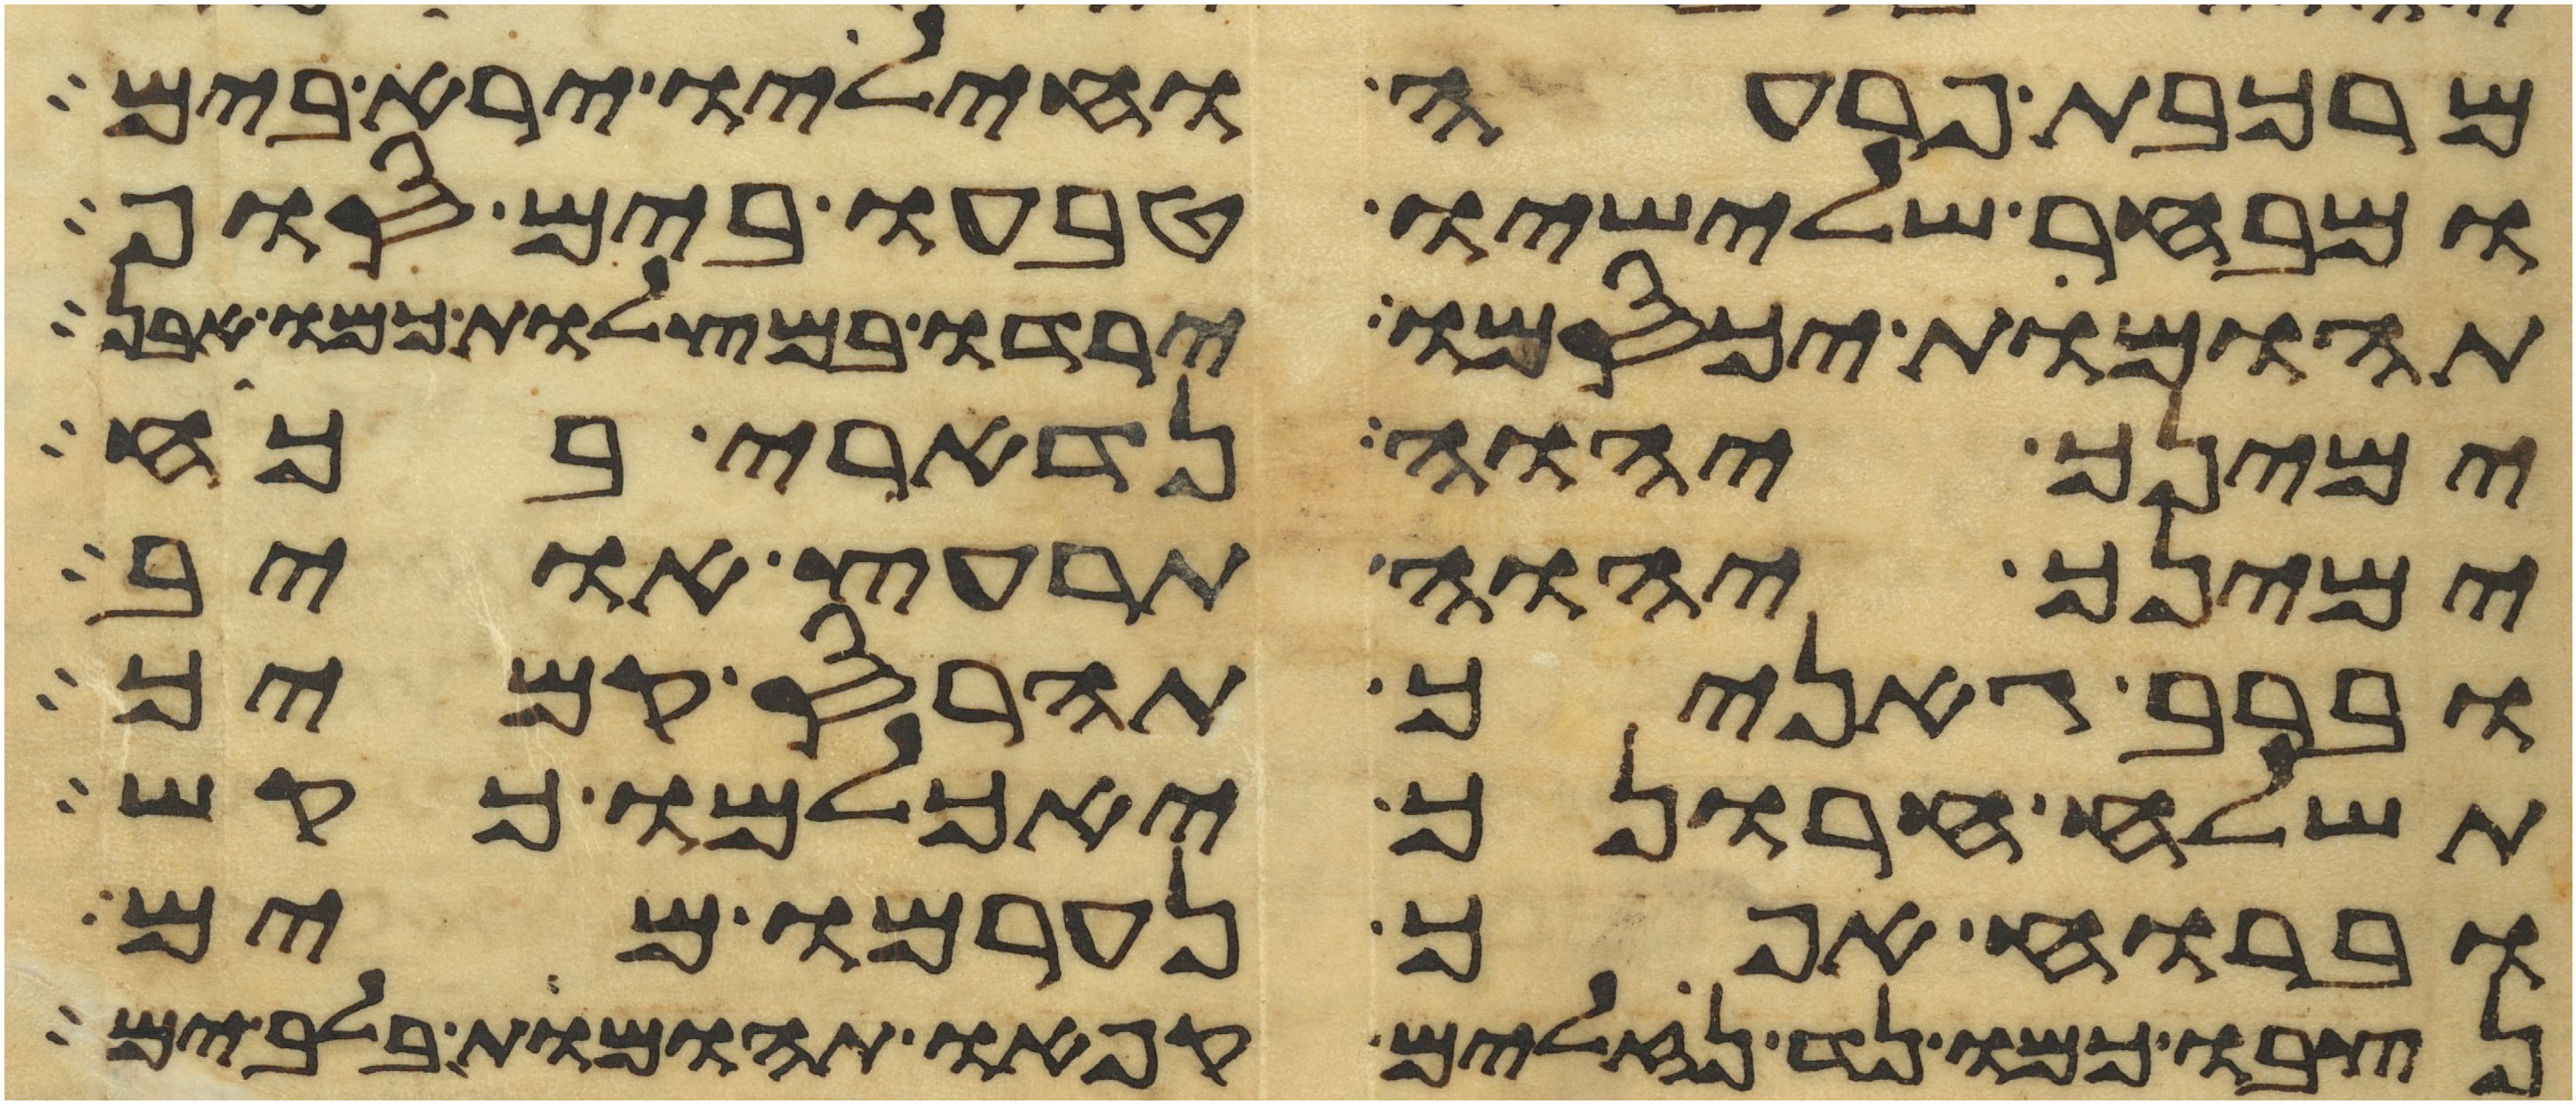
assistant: מרכבת פרעה וחיליו ירא בים
ומבחר שלישיו טבעו בים סוף
תהומות יכסמו ירדו במצלות כמו אבן
ימינך יהוה נדארי בכח
ימינך יהוה תרעץ אויב
וברב גאניך תהרס קמיך
תשלח חרונך יאכלמו כקש
וברוח אפך נערמו מים
נצבו כמו נד נזלים קפאו תהומות בלב ים